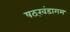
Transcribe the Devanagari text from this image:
षठ्खंडागम